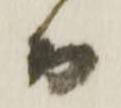
而